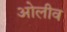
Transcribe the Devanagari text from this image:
ओलीव